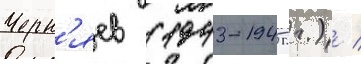
Черн'яев (1943-1945 гг.) /